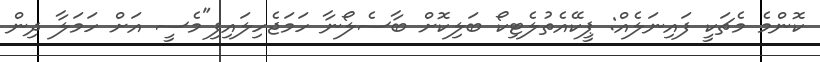
ކޮންމެ މެޗަކީ ފައިނަލެއް: ޕީކޭއެތުލެޓިކޯ ބަލިކޮށް ބާސެލޯނާ ހަމަޖެހިލައިފި"މެސީ އަށް ހަމަލާ ދިން